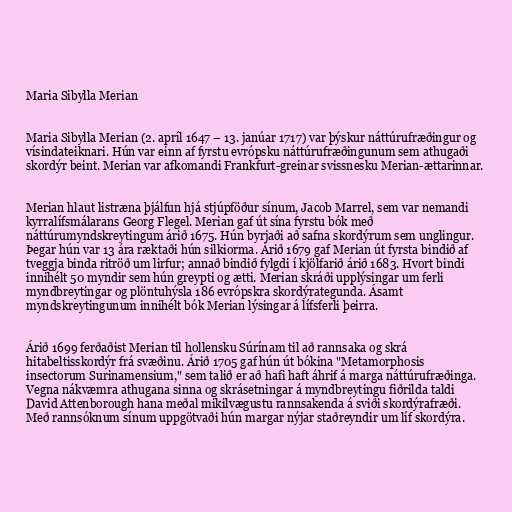
Maria Sibylla Merian

Maria Sibylla Merian (2. apríl 1647 – 13. janúar 1717) var þýskur náttúrufræðingur og
vísindateiknari. Hún var einn af fyrstu evrópsku náttúrufræðingunum sem athugaði
skordýr beint. Merian var afkomandi Frankfurt-greinar svissnesku Merian-ættarinnar.

Merian hlaut listræna þjálfun hjá stjúpföður sínum, Jacob Marrel, sem var nemandi
kyrralífsmálarans Georg Flegel. Merian gaf út sína fyrstu bók með
náttúrumyndskreytingum árið 1675. Hún byrjaði að safna skordýrum sem unglingur.
Þegar hún var 13 ára ræktaði hún silkiorma. Árið 1679 gaf Merian út fyrsta bindið af
tveggja binda ritröð um lirfur; annað bindið fylgdi í kjölfarið árið 1683. Hvort bindi
innihélt 50 myndir sem hún greypti og ætti. Merian skráði upplýsingar um ferli
myndbreytingar og plöntuhýsla 186 evrópskra skordýrategunda. Ásamt
myndskreytingunum innihélt bók Merian lýsingar á lífsferli þeirra.

Árið 1699 ferðaðist Merian til hollensku Súrínam til að rannsaka og skrá
hitabeltisskordýr frá svæðinu. Árið 1705 gaf hún út bókina "Metamorphosis
insectorum Surinamensium," sem talið er að hafi haft áhrif á marga náttúrufræðinga.
Vegna nákvæmra athugana sinna og skrásetningar á myndbreytingu fiðrilda taldi
David Attenborough hana meðal mikilvægustu rannsakenda á sviði skordýrafræði.
Með rannsóknum sínum uppgötvaði hún margar nýjar staðreyndir um líf skordýra.